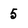
Character: 5